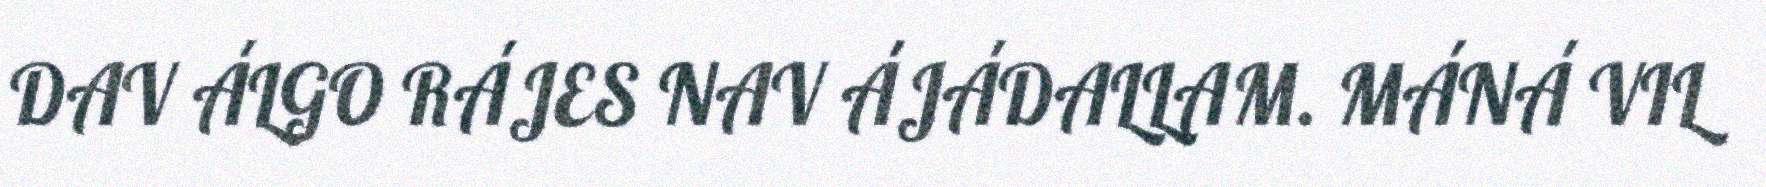
DAV ÁLGO RÁJES NAV ÁJÁDALLAM. MÁNÁ VIL